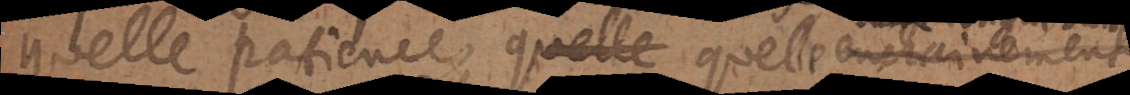
quelle patience, quelle enchainement